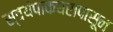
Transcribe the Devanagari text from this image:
स्वयंपाकघरापासून